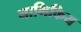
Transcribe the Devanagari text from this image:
नाभिकिय